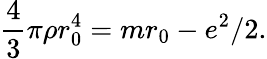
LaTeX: \frac 43\pi\rho r_{0}^{4}=mr_{0}-e^{2}/2.